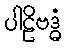
ပါဠိဗဒ္ဓံ